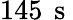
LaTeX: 145\, \mathrm{~s~}